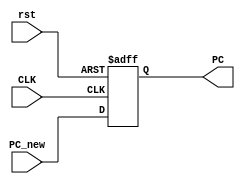
module PC (
 input wire     [31:0]     PC_new ,
 input wire                  CLK ,rst ,
 output reg    [31:0]     PC 
);

always @(posedge CLK or negedge rst)
 begin
     if(!rst)
	  PC<=32'b0 ;
	 else
	  PC<=PC_new ;
 end

endmodule